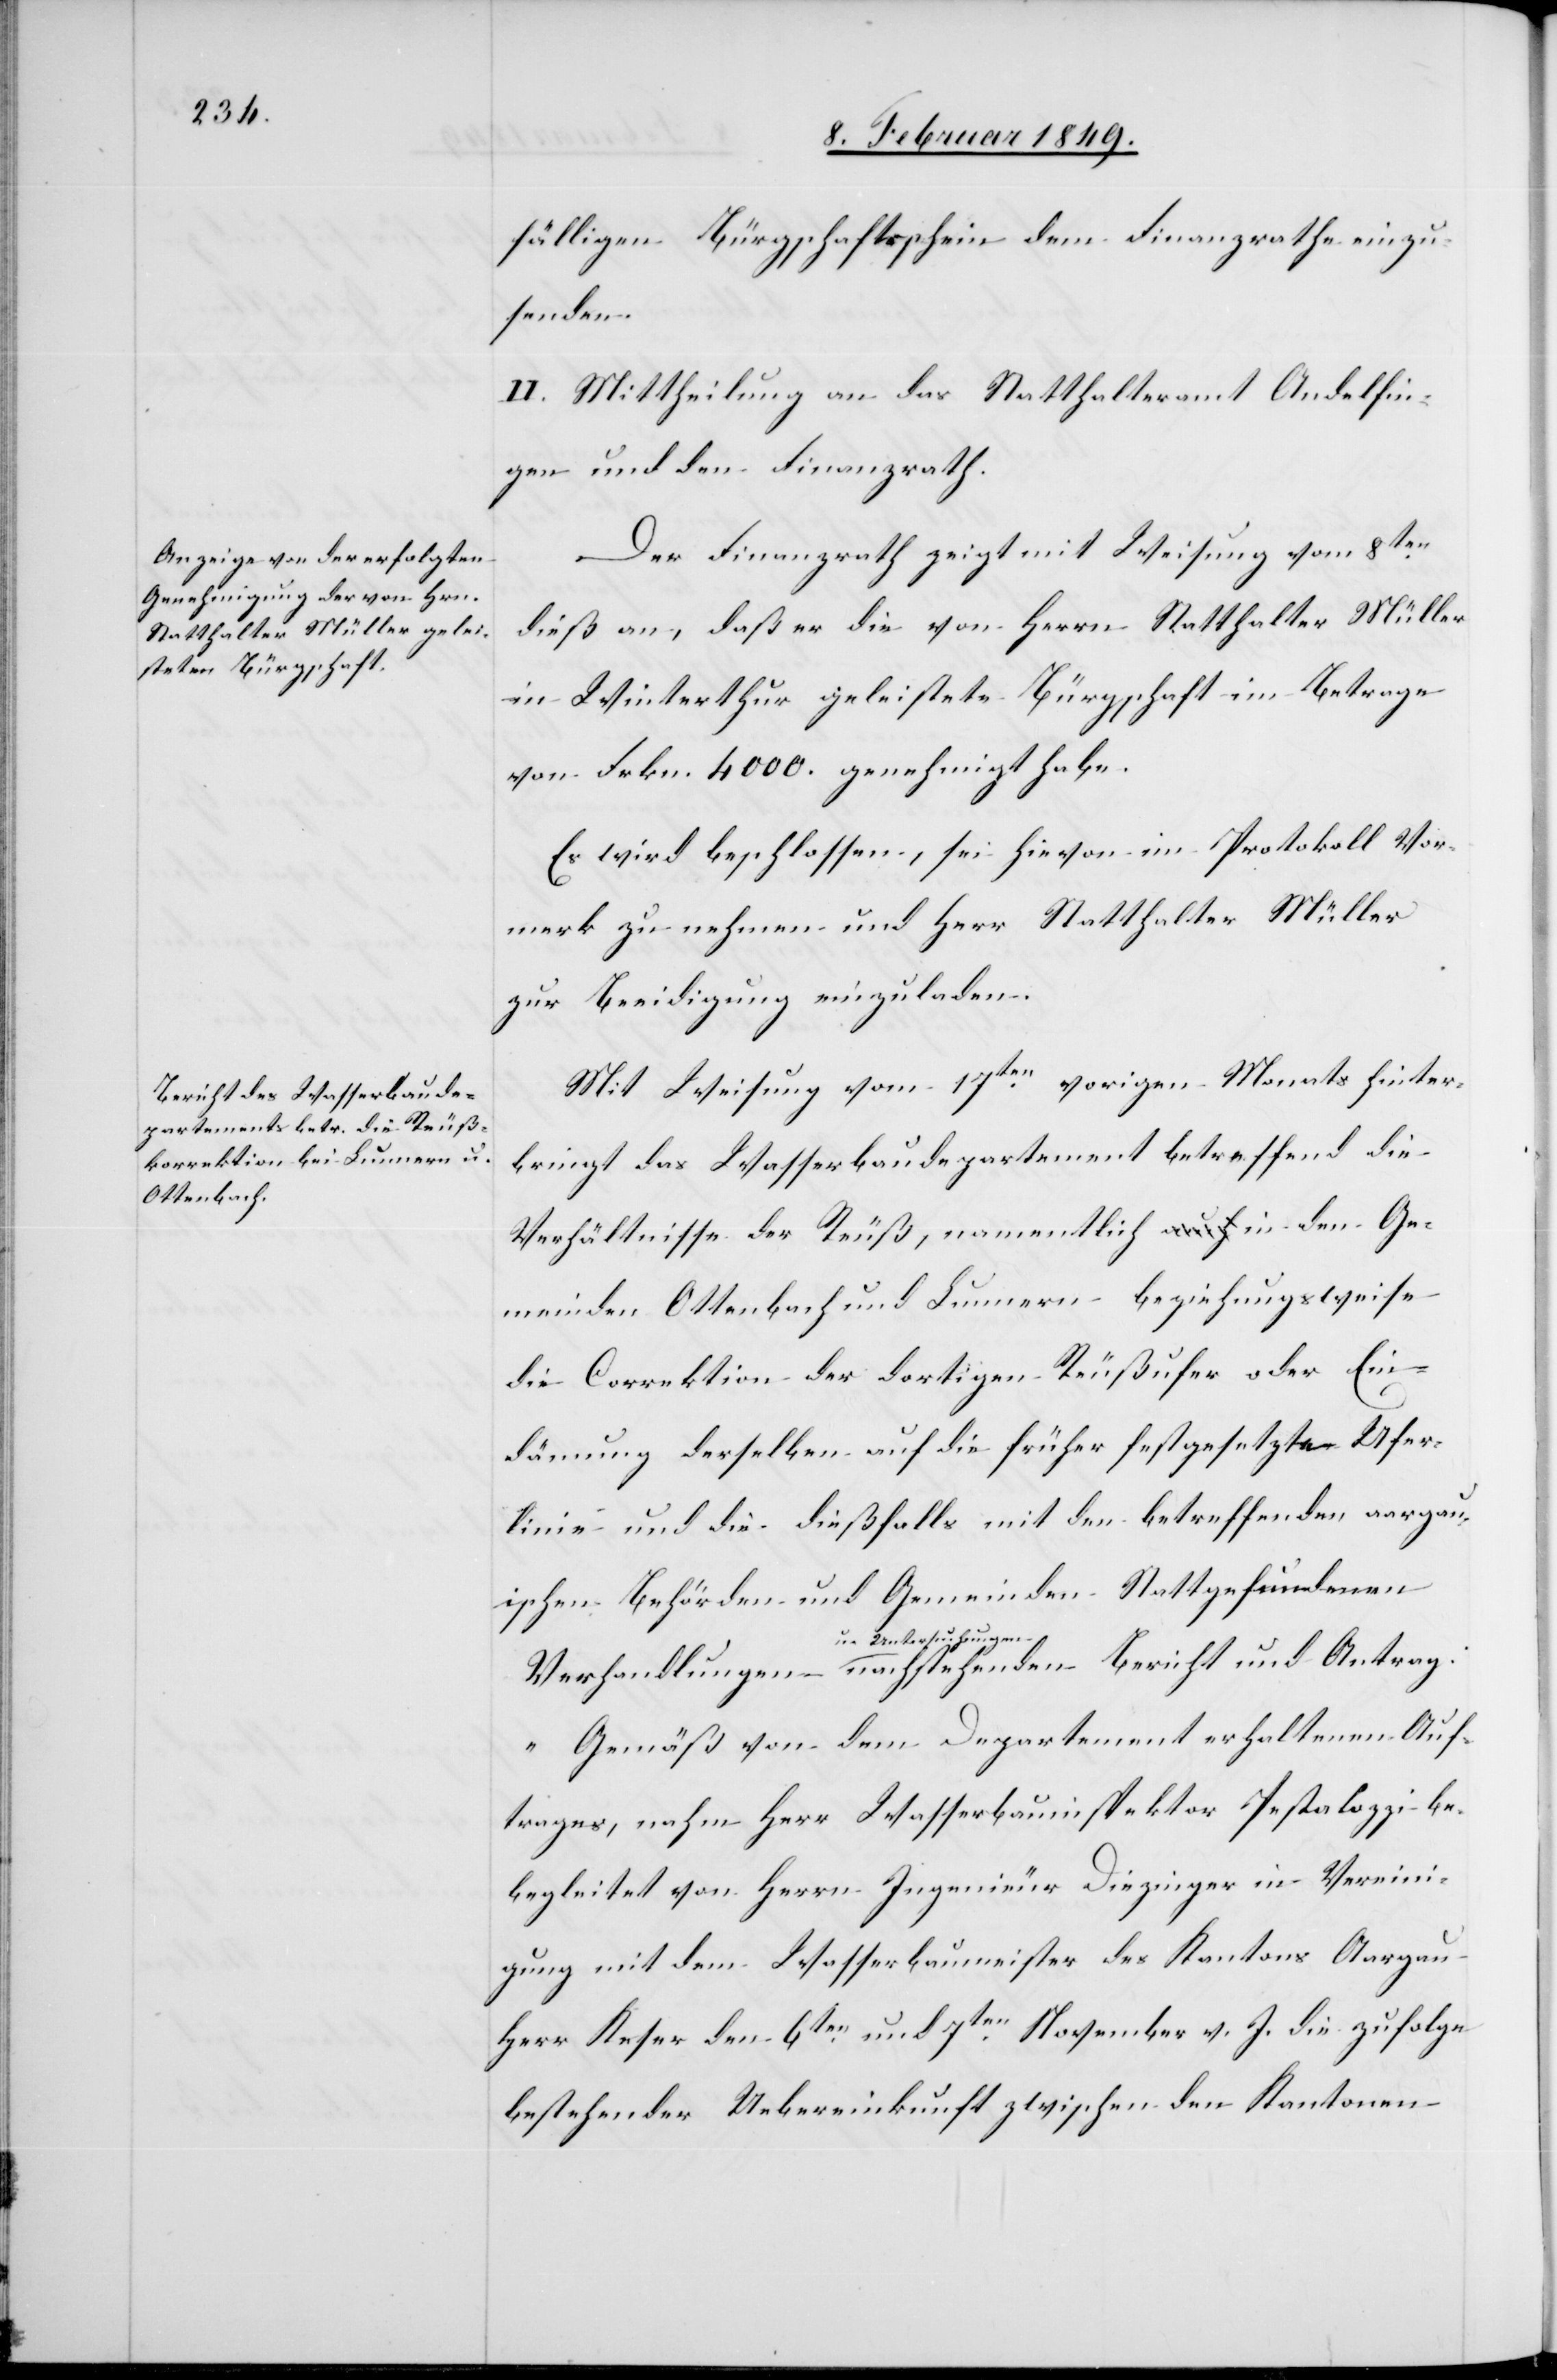
fälligen Bürgschaftsschein dem Finanzrathe einzu¬
senden.
II. Mittheilung an das Statthalteramt Andelfin¬
gen und den Finanzrath.
Der Finanzrath zeigt mit Weisung vom 8ten.
dieß an, daß er die von Herrn Statthalter Müller
in Winterthur geleistete Bürgschaft im Betrage
von Frkn. 4000. genehmigt habe.
Es wird beschlossen, sei hievon im Protokoll Vor¬
merk zu nehmen und Herr Statthalter Müller
zur Beeidigung einzuladen.
Mit Weisung vom 17ten. vorigen Monats hinter¬
bringt das Wasserbaudepartement betreffend die
Verhältnisse der Reuß, namentlich in den Ge¬
meinden Ottenbach und Lunnern – beziehungsweise
die Correktion der dortigen Reußufer oder Ein¬
dämung derselben auf die früher festgesetzte Ufer¬
linie und die dießfalls mit den betreffenden aargau¬
ischen Behörden und Gemeinden Stattgefundenen
u. Untersuchungen
„Gemäß von dem Departement erhaltenenen Auf¬
trages, nahm Herr Wasserbauinspektor Pestalozzi be¬
begleitet [sic!] von Herrn Ingenieur Diezinger in Vereini¬
gung mit dem Wasserbaumeister des Kantons Aargau
Herr Keser den 6ten. und 7ten. November v. J. die zufolge
bestehender Uebereinkunft zwischen den Kantonen